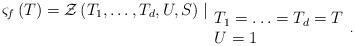
LaTeX: \begin{align*}\varsigma_{f}\left( T\right) =\mathcal{Z}\left( T_{1},\ldots,T_{d},U,S\right) \mid_{\begin{array}[c]{l}T_{1}=\ldots=T_{d}=T\\U=1\end{array}.}\end{align*}